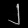
Digit: ၂